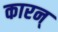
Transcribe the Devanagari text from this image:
कारन्